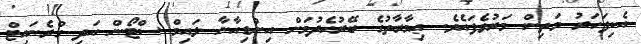
އެކިފަހަރު މަތިން މަރުވެފައެވެ. ޢިމާރާތުގެ ބޭރުހެދުމަށް އިންޑިއާނާ ލައިމް ސްޓޯން އަދި ގްރެނައިޓް